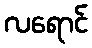
လရောင်